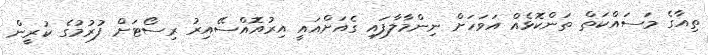
ތިއާގެ މަސައްކަތް ތަންކޮޅެއް އަވަހަށް ނިންމާލާފައި ގެއަށްއައީ އިރުއޮއްސޭއިރު ރިސޯޓަށް ފުރުމުގެ ކުރީން